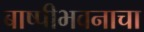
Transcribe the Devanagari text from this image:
बाष्पीभवनाचा